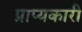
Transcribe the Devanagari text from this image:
प्राप्यकारी